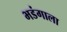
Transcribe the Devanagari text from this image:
भडंगाला